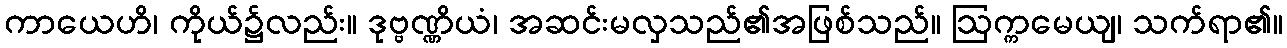
ကာယေဟိ၊ ကိုယ်၌လည်း။ ဒုဗ္ဗဏ္ဏိယံ၊ အဆင်းမလှသည်၏အဖြစ်သည်။ ဩက္ကမေယျ၊ သက်ရာ၏။